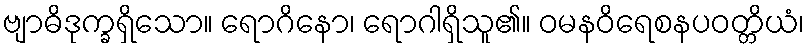
ဗျာဓိဒုက္ခရှိသော။ ရောဂိနော၊ ရောဂါရှိသူ၏။ ဝမနဝိရေစနပဝတ္တိယံ၊